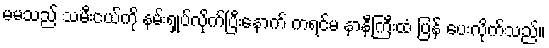
မမသည် သမီးငယ်ကို နမ်းရှုပ်လိုက်ပြီးနောက် ကရင်မ နာနီကြီးထံ ပြန် ပေးလိုက်သည်။